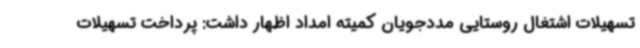
تسهیلات اشتغال روستایی مددجویان کمیته امداد اظهار داشت: پرداخت تسهیلات